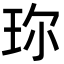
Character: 珎